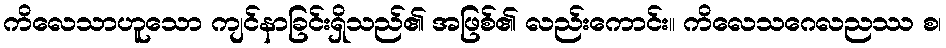
ကိလေသာဟူသော ကျင်နာခြင်းရှိသည်၏ အဖြစ်၏ လည်းကောင်း။ ကိလေသဂေလညဿ စ၊